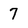
Character: 7